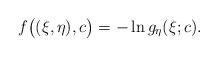
LaTeX: \begin{align*}f\big((\xi,\eta),c\big) = -\ln g_\eta(\xi;c).\end{align*}